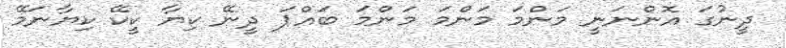
ދީނުގަ އޮންނަނީ މަންމަ މަންމަ މަންމަ ބައްޕަ ދީނޭ ކިޔާ ކީކޭ ކިޔާނަމޭ